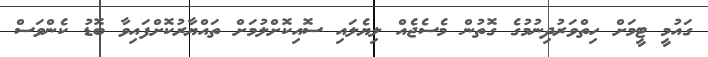
ގައުމީ ޓީމަށް ހިތްވަރުދިނުމުގެ ގޮތުން މެސެޖެއް ލިޔެލައި ސޮއިކޮށްލުމަށް ތައްޔާރުކޮށްފައިވާ ބޮޑު ކެންވަސް